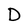
Character: D